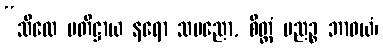
“သီလေ ပတိဋ္ဌာယ နရော သပညော, စိတ္တံ ပညဉ္စ ဘာဝယံ၊